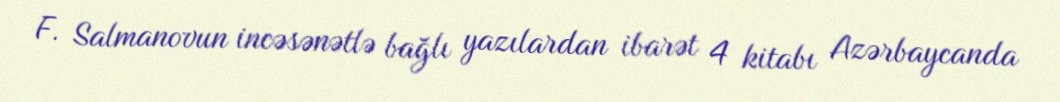
F. Salmanovun incəsənətlə bağlı yazılardan ibarət 4 kitabı Azərbaycanda